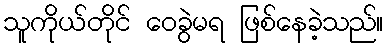
သူကိုယ်တိုင် ဝေခွဲမရ ဖြစ်နေခဲ့သည်။